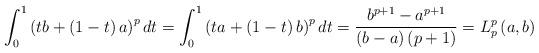
LaTeX: \begin{align*}\int_{0}^{1}\left( tb+\left( 1-t\right) a\right) ^{p}dt=\int_{0}^{1}\left(ta+\left( 1-t\right) b\right) ^{p}dt=\frac{b^{p+1}-a^{p+1}}{\left(b-a\right) \left( p+1\right) }=L_{p}^{p}\left( a,b\right) \end{align*}